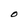
Character: O